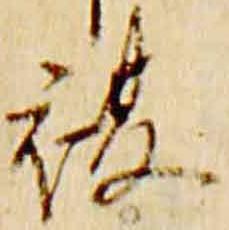
複